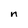
Character: n